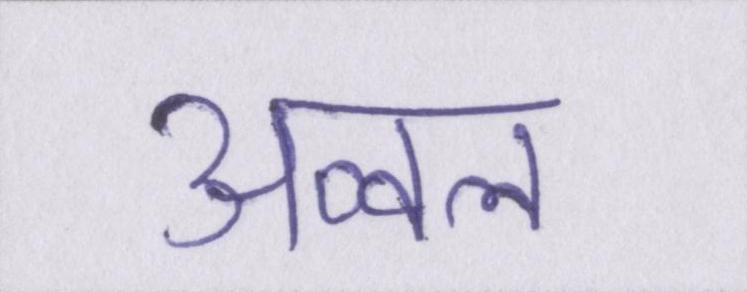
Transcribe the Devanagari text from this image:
अव्वल